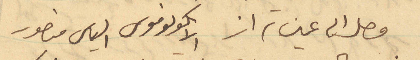
وصل الى عين تراز الايكونوموس الياس منصور